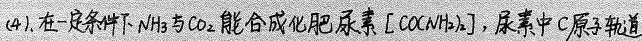
##(4).在一定条件下NH_{3}与CO_{2}能合成化肥尿素[CO(NH_{2})_{2}]，尿素中 C原子和N原子轨道的##